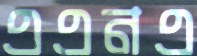
এএনএ